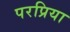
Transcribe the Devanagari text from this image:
परप्रिया